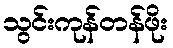
သွင်းကုန်တန်ဖိုး